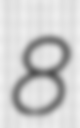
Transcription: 8